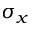
\sigma _ { x }